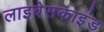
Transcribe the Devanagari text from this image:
लाइबेसकाइंड